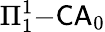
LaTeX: \Pi_{1}^{1}{\mathrm{-}}{\mathsf{CA}}_{0}